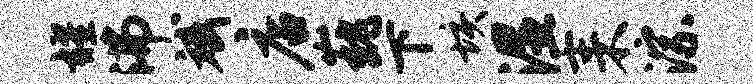
耀沸斌店巍下垓湿耒淙